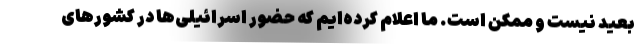
بعید نیست و ممکن است. ما اعلام کرده‌ایم که حضور اسرائیلی‌ها در کشورهای